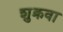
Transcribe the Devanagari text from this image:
शुक्रवा